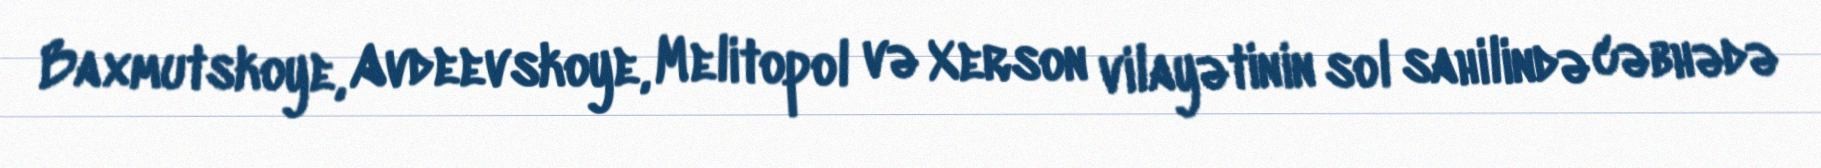
Baxmutskoye, Avdeevskoye, Melitopol və Xerson vilayətinin sol sahilində cəbhədə